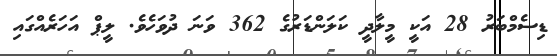
ޑިސެމްބަރު 28 އަކީ މީލާދީ ކަލަންޑަރުގެ 362 ވަނަ ދުވަހެވެ. ލީޕް އަހަރެއްގައި